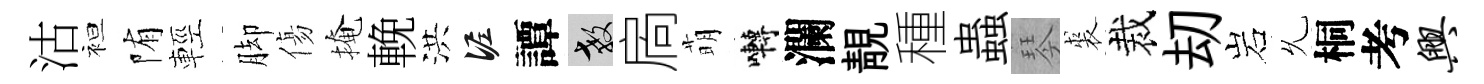
沽袒陏輕脚傷掩輓洪泥譚教扄萌囀瀾靚種蟲琴裘裁刧岩𠃔桐考兴